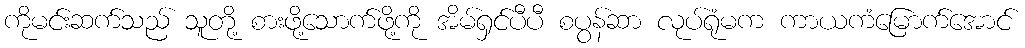
ကိုမင်းဆက်သည် သူတို့ စားဖို့သောက်ဖို့ကို အိမ်ရှင်ပီပီ စပွန်ဆာ လုပ်ရုံမက ကာယကံမြောက်အောင်